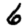
Digit: 6